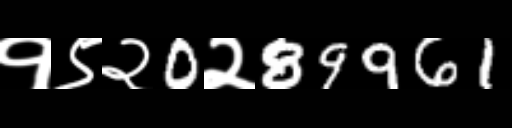
Text: १९२0२89961